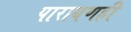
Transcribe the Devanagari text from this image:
पारायणही